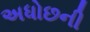
અધોછની